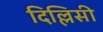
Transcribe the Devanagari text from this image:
दिल्लिसी